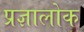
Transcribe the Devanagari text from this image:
प्रज्ञालोक